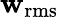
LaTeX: \mathbf{w}_{\mathrm{{rms}}}